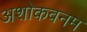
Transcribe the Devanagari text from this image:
अशोकवनम